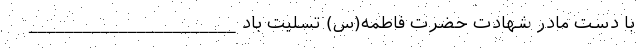
با دست مادر شهادت حضرت فاطمه(س) تسلیت باد _______________________